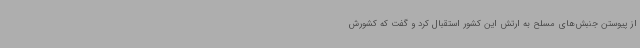
از پیوستن جنبش‌های مسلح به ارتش این کشور استقبال کرد و گفت که کشورش